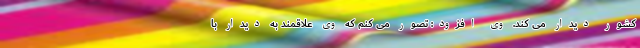
کشور دیدار می کند. وی افزود: تصور می کنم که وی علاقمند به دیدار با